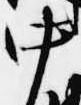
中